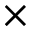
\times